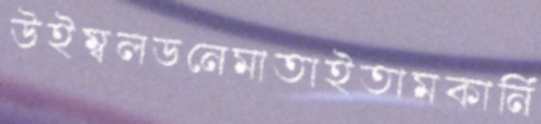
উইম্বলডনেমাতাইতামকার্নি